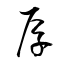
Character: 厚